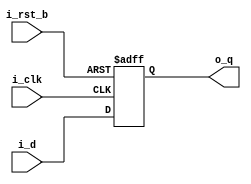
// This program was cloned from: https://github.com/ejfogleman/tt07-ef-smsdac8
// License: Apache License 2.0

/*
 * Copyright (c) 2024 Eric Fogleman
 * SPDX-License-Identifier: GPL-2.0-or-later
 *
 * Blocks for fully-segmented mismatch shaping encoder 
 * from SEGMENTED MISMATCH-SHAPING D/A CONVERSION, 
 * Fishov, Fogleman, Siragusa, Galton 
 * 2002 IEEE International Symposium on Circuits and Systems (ISCAS)
 */
 `timescale 1ns / 100ps

// retiming reg
module ef_smsdac_reg #(parameter BITS = 8) (
    input i_clk,
    input i_rst_b,
    input [BITS-1:0] i_d,
    output reg [BITS-1:0] o_q );

	always @( posedge i_clk, negedge i_rst_b ) 
		if ( i_rst_b == 1'b0 ) 
			o_q <= 0;
		else
			o_q <= i_d;

endmodule

// the segmenting switching block
module ef_smsdac_mse_seg_sb ( 
	input i_clk, 
	input i_rst_b, 
	input i_r, 
	input i_en, 
	input i_x, 
	input i_xc, 
	output wire [1:0] o_y, 
	output wire o_yc );

	wire odd = i_x ^ i_xc;	// input parity
	wire q;				// switching sequence

	// "carry" output (lsb weight); round up/down on odd input
	assign o_yc = odd ? q : i_x;

	// 3-level DAC outputs
	assign o_y[1] = odd & ~q;
	assign o_y[0] = ~odd | ~q;

	// switching sequence state machine
	ef_smsdac_mse_sb_sm sb_sm(
		.i_clk(i_clk),
		.i_rst_b(i_rst_b),
		.i_odd(odd),
		.i_r(i_r),
		.i_en(i_en),
		.o_q(q));
			 
endmodule

// the binary switching block
module ef_smsdac_mse_bin_sb ( 
	input i_clk,
	input i_rst_b,
	input i_r,
	input i_en,
	input i_x,
	input i_xc,
	output wire [1:0] o_y) ;

	wire q;				// switching sequence
	wire odd = i_x ^ i_xc;		// input parity

	// 3-level DAC output
	// if odd, split based on switching sequence
	assign o_y[1] = odd ? q : i_xc;
	assign o_y[0] = odd ? ~q : i_xc;

	// switching sequence state machine
	ef_smsdac_mse_sb_sm sb_sm(
		.i_clk(i_clk),
		.i_rst_b(i_rst_b),
		.i_odd(odd),
		.i_r(i_r),
		.i_en(i_en),
		.o_q(q));

endmodule

// the switching sequence state machine
// updates only when sb input is odd
// i_r is a random dither bit
// i_en == 1'b0 halts state machine and routes i_r to q
module ef_smsdac_mse_sb_sm( 
	input i_clk, 
	input i_rst_b, 
	input i_odd, 
	input i_r, 
	input i_en, 
	output wire o_q );

	// switching sequence; update only on odd inputs
	// en == 1'b0 stops mismatch shaping (static encoder)
	reg [1:0] q;
	wire [1:0] q_d;   // next state info
	assign q_d[1] = (i_en & i_odd) ? ~q[1]: q[1]; 
	assign q_d[0] = (i_en & i_odd) ? ( q[1] ? i_r : ~q[0] ) : q[0];

	// enabled:  highpass shaping
	// disabled:  random shaping (whitening)
	assign o_q = i_en ? q[0] : i_r;

	always @( posedge i_clk, negedge i_rst_b ) begin 
		if ( i_rst_b == 1'b0 ) 
			q <= 2'b00;
		else  
			q <= q_d;
	end

endmodule